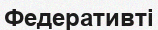
Федеративті